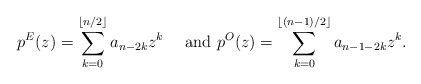
\begin{align*}p^{E}(z)=\sum_{k=0}^{\lfloor n/2\rfloor}a_{n-2k}z^{k}\quad\mbox{ and }p^{O}(z)=\sum_{k=0}^{\lfloor(n-1)/2\rfloor}a_{n-1-2k}z^{k}.\end{align*}